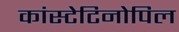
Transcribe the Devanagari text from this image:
कांस्टेटिनोपिल